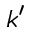
k ^ { \prime }